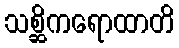
သစ္ဆိကရောထာတိ